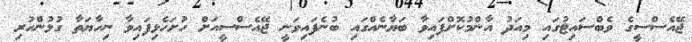
ޖޭއެސްސީގެ ވެބްސައިޓުގައި މިއަދު އާންމުކޮށްފައިވާ ބަޔާނެއްގައި ބުނެފައިވަނީ ޖޭއެސްސީއަށް ހުށަހެޅިފައިވާ ނިހާޔަތާ ގުޅުންހުރި